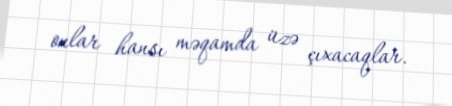
onlar hansı məqamda üzə çıxacaqlar.